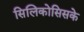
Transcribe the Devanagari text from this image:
सिलिकोसिसके